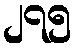
၂၇၅